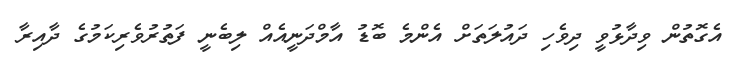
އެގޮތުން ވިދާޅުވީ ދިވެހި ދައުލަތަށް އެންމެ ބޮޑު އާމްދަނީއެއް ލިބެނީ ފަތުރުވެރިކަމުގެ ދާއިރާ